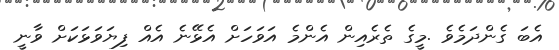
އެބަ ގެންދަމެވެ .މީގެ ތެރެއިން އެންމެ އަވަހަށް އެޅޭނެ އެއް ފިޔަވަޅަކަށް ވާނީ